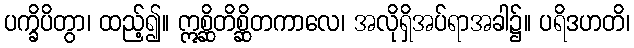
ပက္ခိပိတွာ၊ ထည့်၍။ ဣစ္ဆိတိစ္ဆိတကာလေ၊ အလိုရှိအပ်ရာအခါ၌။ ပရိဒဟတိ၊